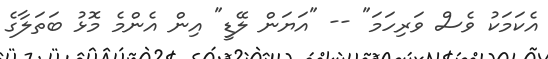
އެކަމަކު ވެސް ވަރިހަމަ" -- "އަޔަން ލޭޑީ" އިން އެންމެ މޮޅު ބަތަލާގެ